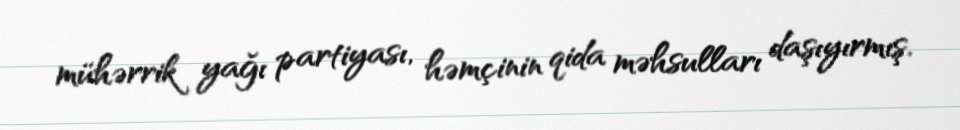
mühərrik yağı partiyası, həmçinin qida məhsulları daşıyırmış.